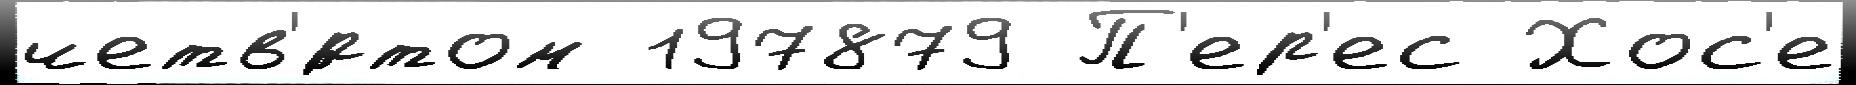
четв'́ртом 197879 П'ер'ес Хос'е